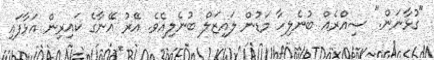
"ގުޅާނަން." ސިއްރެއް ބުނެލިހާ މަޑުން ލައިޒަލް ބުނެލިއެވެ. އޭރު އޭނާގެ ކައިރިން އަޅާފައި